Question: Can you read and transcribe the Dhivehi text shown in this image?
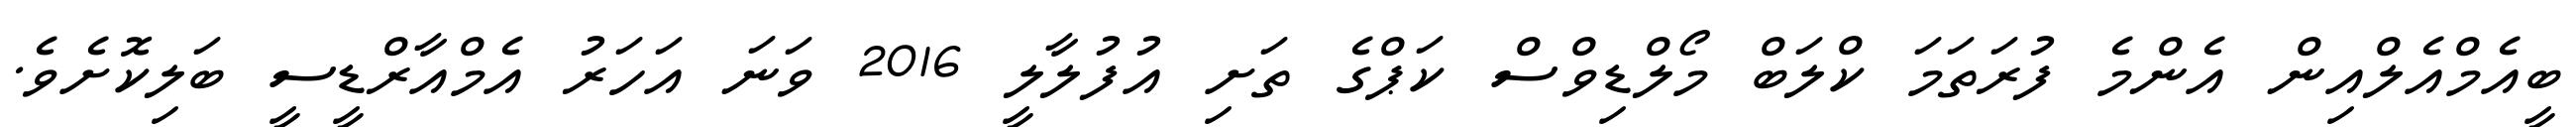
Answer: ބީއެމްއެލްއިން އެންމެ ފުރަތަމަ ކްލަބް މޯލްޑިވްސް ކަޕްގެ ތަށި އުފުލާލީ 2016 ވަނަ އަހަރު އެމްއާރްޑީސީ ބަލިކޮށެވެ.